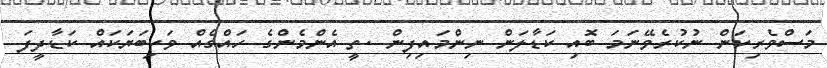
މަސްވެރިކަން ނުކުރެވޭނަމަ ބޮއި ކަޑާލަން ނިންމައިފިން .ތީ އެންމެންގެ ހައްގެއް ވަކިބަޔަކައް ކަޑާދީފަ